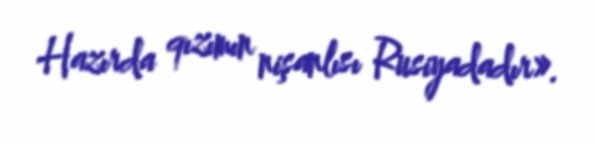
Hazırda qızımın nişanlısı Rusiyadadır».